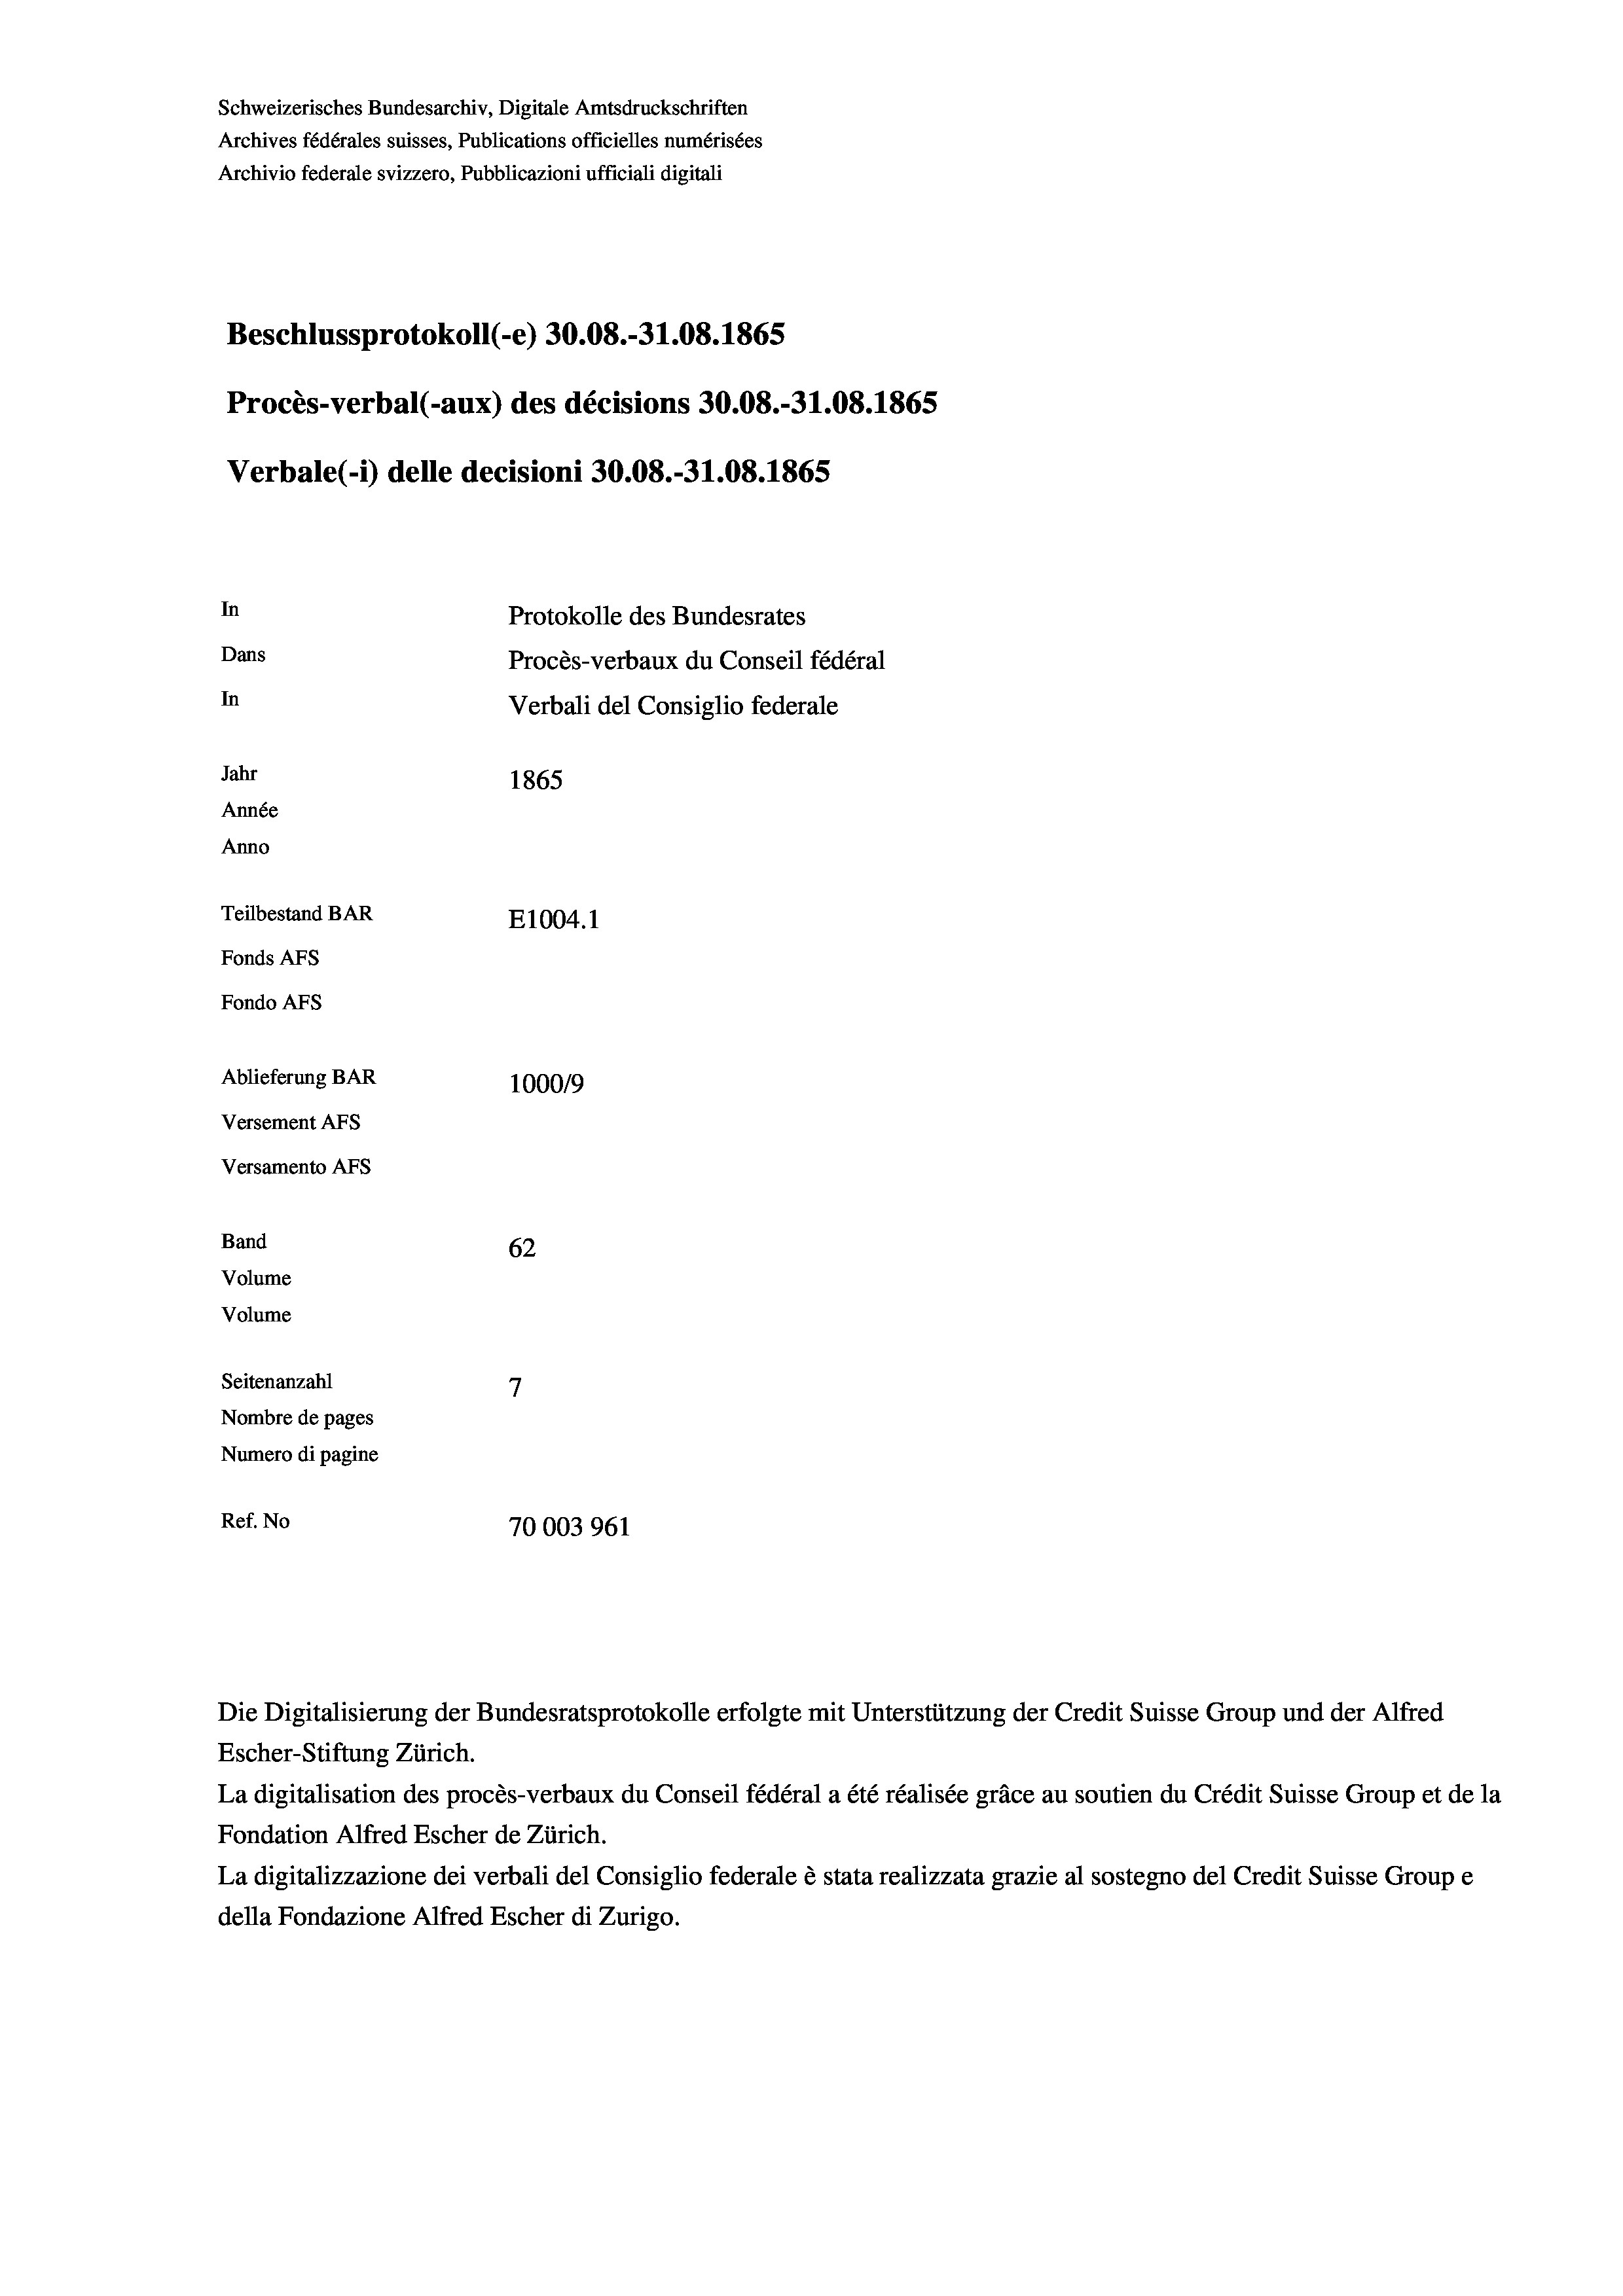
Schweizerisches Bundesarchiv, Digitale Amtsdruckschriften
Archives fédérales suisses, Publications officielles numérisées
Archivio federale svizzero, Pubblicazioni ufficiali digitali
Beschlussprotokoll (-e) 30.08.-31.08. 1865
Procès-verbal (-aux) des décisions 30.08.-31.08. 1865
Verbale(*) delle decisioni 30.08.-31.08. 1865
In
Protokolle des Bundesrates
Dans
Procès-verbaux du Conseil fédéral
In
Verbali del Consiglio federale
Jahr
1865
Année
Anno
Teilbestand BAR
E1004.1
Fonds AFs
Fondo Afs
Ablieferung BAR
100019
Versement AFs
Versamento Afs
Band
62
Volume
Volume
7
Seitenanzahl
Nombre de pages
Numero di pagine
Ref. No
70003961

Escher-Stiftung Zürich.
La digitalisation des procès-verbaux du Conseil fédéral a été réalisée gräce au soutien du Crédit Suisse Group et de la
Fondation Alfred Escher de Zürich.
La digitalizzazione dei verbali del Consiglio federale è stata realizzata grazie al sostegno del Credit Suisse Groupe
della Fondazione Alfred Escher di Zurigo.

Die Digitalisierung der Bundesratsprotokolle erfolgte mit Unterstützung der Credit Suisse Group und der Alfred